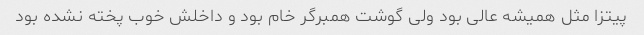
پیتزا مثل همیشه عالی بود‌ ولی گوشت همبرگر خام بود و داخلش خوب پخته نشده بود